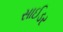
સાઈડર